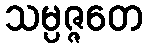
သမ္ပဇ္ဇတေ